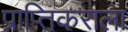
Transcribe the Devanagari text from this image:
प्राप्‍तिकराला